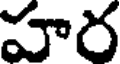
హర